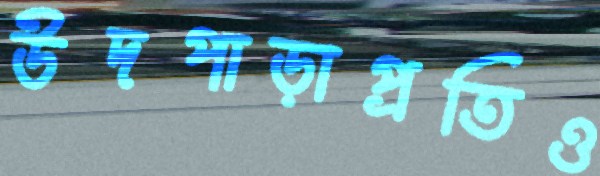
উদপাড়াপ্রতিও